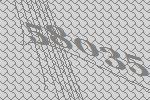
58035